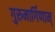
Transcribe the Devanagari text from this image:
गुरुमार्गिणाम्